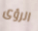
الرؤى